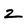
Character: z